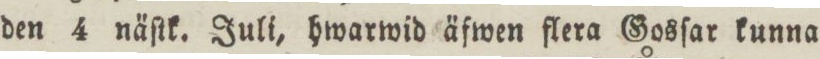
den 4 näſtk. Juli, hwarwid äfwen flera Gosſar kunna